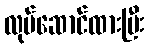
လုပ်ဆောင်ထားပြီး